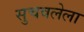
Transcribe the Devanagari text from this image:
सुचवलेला